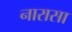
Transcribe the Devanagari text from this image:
नारासा